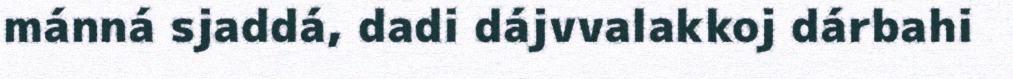
mánná sjaddá, dadi dájvvalakkoj dárbahi